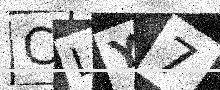
Text: CLY7